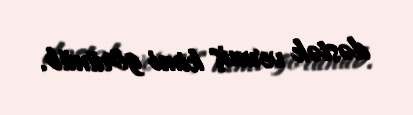
dəstək vermiş kimi görünüb.